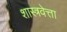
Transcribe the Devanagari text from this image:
शास्त्रवेत्ता